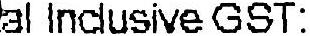
TOTAL INCLUSIVE GST: